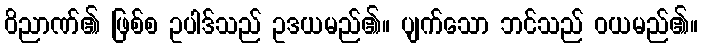
ဝိညာဏ်၏ ဖြစ်စ ဥပါဒ်သည် ဥဒယမည်၏။ ပျက်သော ဘင်သည် ဝယမည်၏။